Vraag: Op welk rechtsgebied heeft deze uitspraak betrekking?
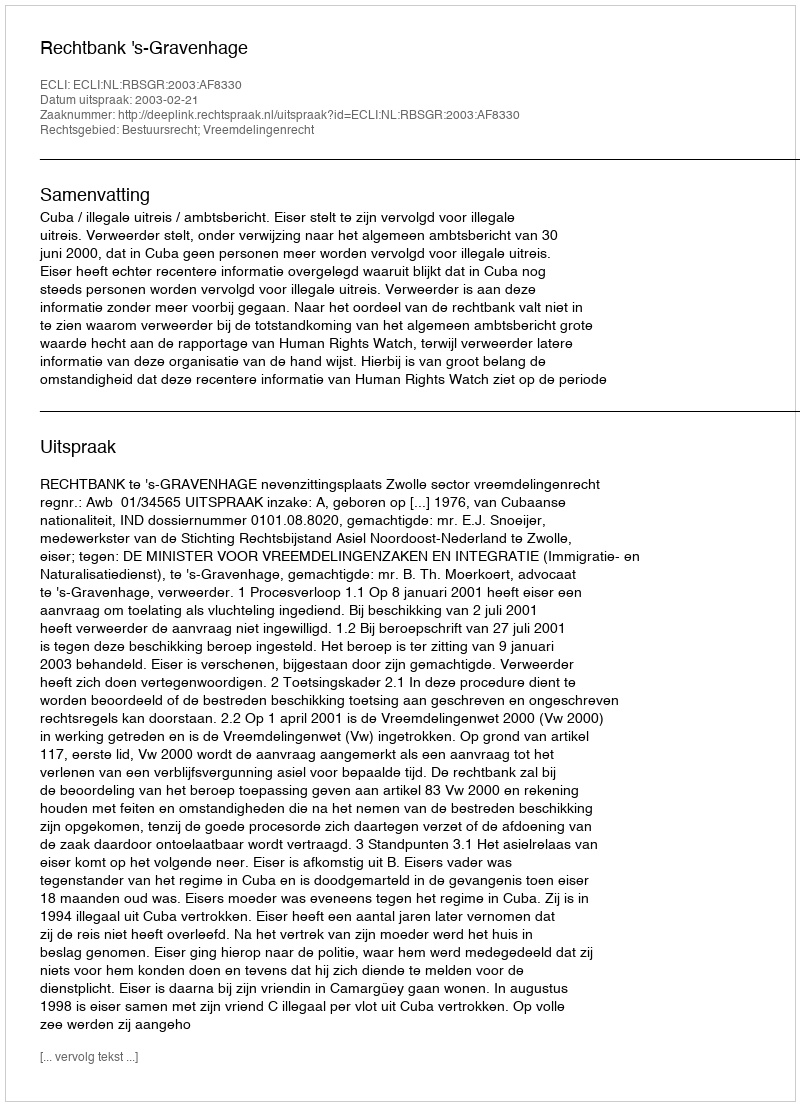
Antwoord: Bestuursrecht; Vreemdelingenrecht